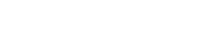
ဟိုမှာ စာရေးဖြစ်ရဲ့လား